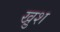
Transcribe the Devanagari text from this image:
खु़श